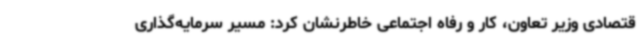
قتصادی وزیر تعاون، کار و رفاه اجتماعی خاطرنشان کرد: مسیر سرمایه‌گذاری